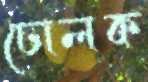
ঢোলক